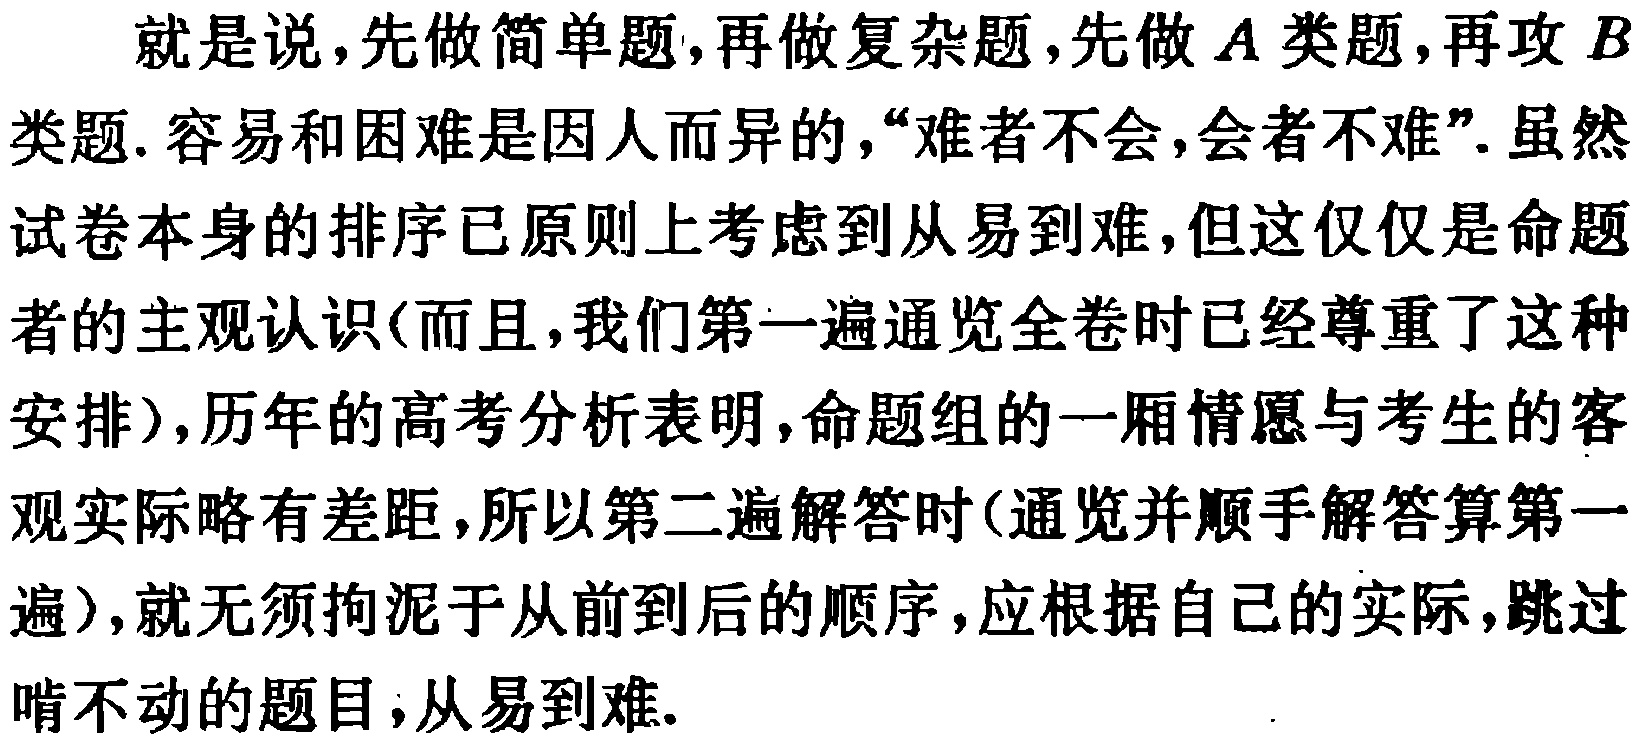
就是说,先做简单题,再做复杂题,先做$A$类题,再攻$B$类题. 容易和困难是因人而异的,“难者不会,会者不难”. 虽然试卷本身的排序已原则上考虑到从易到难,但这仅仅是命题者的主观认识(而且,我们第一遍通览全卷时已经尊重了这种安排),历年的高考分析表明,命题组的一厢情愿与考生的客观实际略有差距,所以第二遍解答时(通览并顺手解答算第一遍),就无须拘泥于从前到后的顺序,应根据自己的实际,跳过啃不动的题目,从易到难.